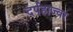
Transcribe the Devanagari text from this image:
दर्पहाज्वर